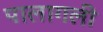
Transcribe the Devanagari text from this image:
पालागली